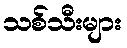
သစ်သီးများ